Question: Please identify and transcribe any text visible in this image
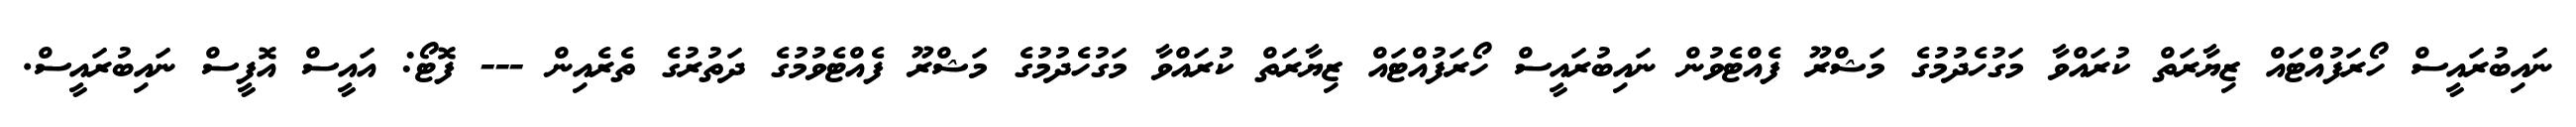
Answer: ނައިބުރައީސް ހޯރަފުއްޓައް ޒިޔާރަތް ކުރައްވާ މަގުހެދުމުގެ މަޝްރޫ ފެއްޓެވުން ނައިބުރައީސް ހޯރަފުއްޓައް ޒިޔާރަތް ކުރައްވާ މަގުހެދުމުގެ މަޝްރޫ ފެއްޓެވުމުގެ ދަތުރުގެ ތެރެއިން --- ފޮޓޯ: އައީސް އޮފީސް ނައިބުރައީސް.